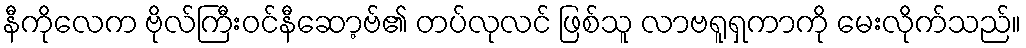
နီကိုလေက ဗိုလ်ကြီးဝင်နီဆော့ဗ်၏ တပ်လုလင် ဖြစ်သူ လာဗရူရှကာကို မေးလိုက်သည်။